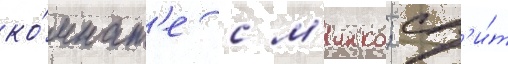
ко́мнат'е с м'инко; сп'и́т